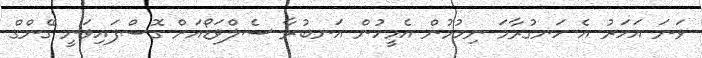
ވަނަ އަހަރު އެ ހަނގުރާމަ ނިމުމުން އެމީހުން އަނބުރާ ސެލްވަޑޯއަށް ގޮސްފައިވަނީ ގޭންގް